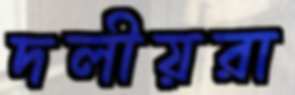
দলীয়রা